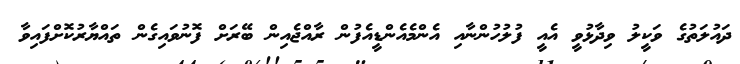
ދައުލަތުގެ ވަކީލު ވިދާޅުވީ އެއީ ފުލުހުންނާއި އެންމެއެންޑީއެފުން ރާއްޖެއިން ބޭރަށް ފޮނުވައިގެން ތައްޔާރުކޮށްފައިވާ